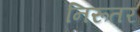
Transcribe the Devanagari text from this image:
निरूतर